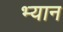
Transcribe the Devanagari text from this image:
भ्यान